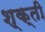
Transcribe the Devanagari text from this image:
श्क्ती